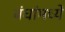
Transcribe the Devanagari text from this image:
बंधांमध्ये